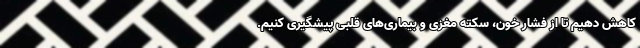
کاهش دهیم تا از فشار خون، سکته مغزی و بیماری‌های قلبی پیشگیری کنیم.